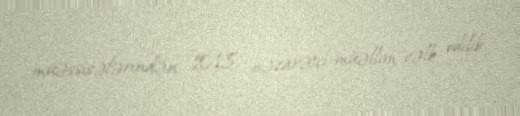
müəssisələrindən 1018 nəzarətçi-müəllim cəlb edilib.